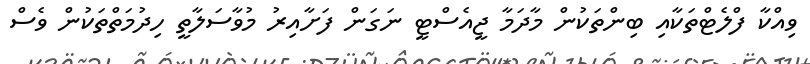
ވިއްކާ ފްލެޓްތަކާއި ބިންތަކުން މާދަމާ ޖީއެސްޓީ ނަގަން ފަށާއިރު މުވާސަލާތީ ހިދުމަތްތަކުން ވެސް